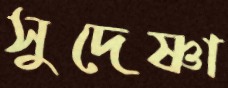
সুদেষ্ণা